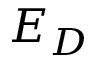
E _ { D }